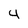
Character: 4